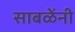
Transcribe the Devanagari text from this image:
साबळेंनी